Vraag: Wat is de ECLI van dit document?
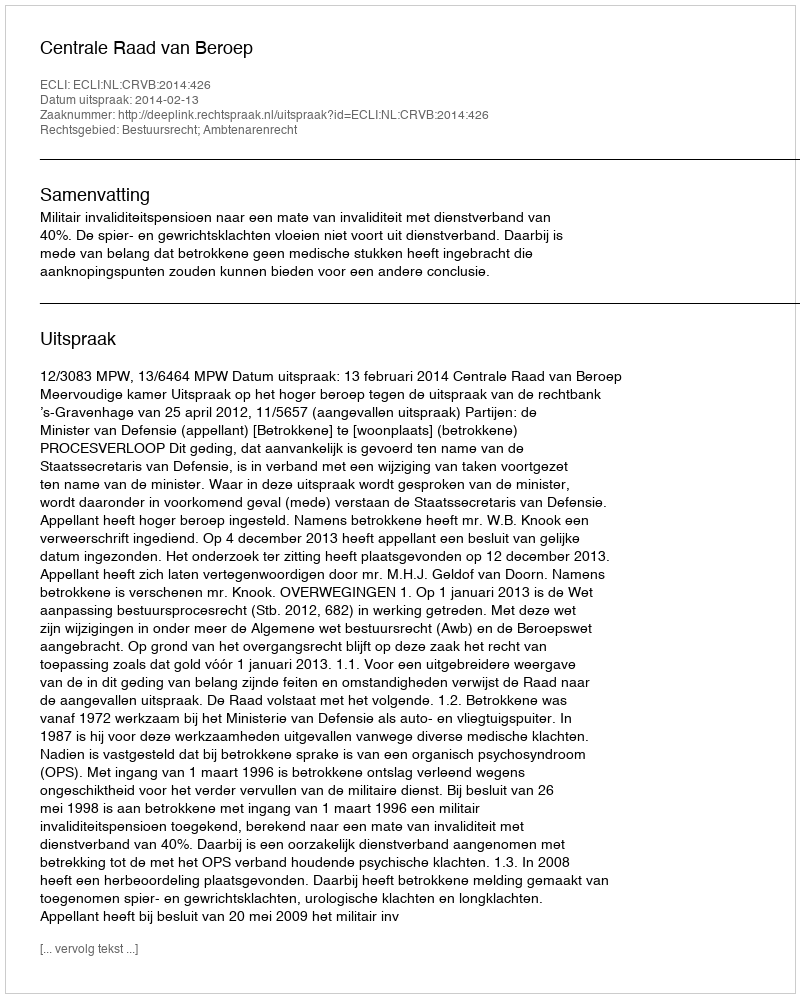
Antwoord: ECLI:NL:CRVB:2014:426